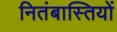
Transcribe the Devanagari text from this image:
नितंबास्तियों